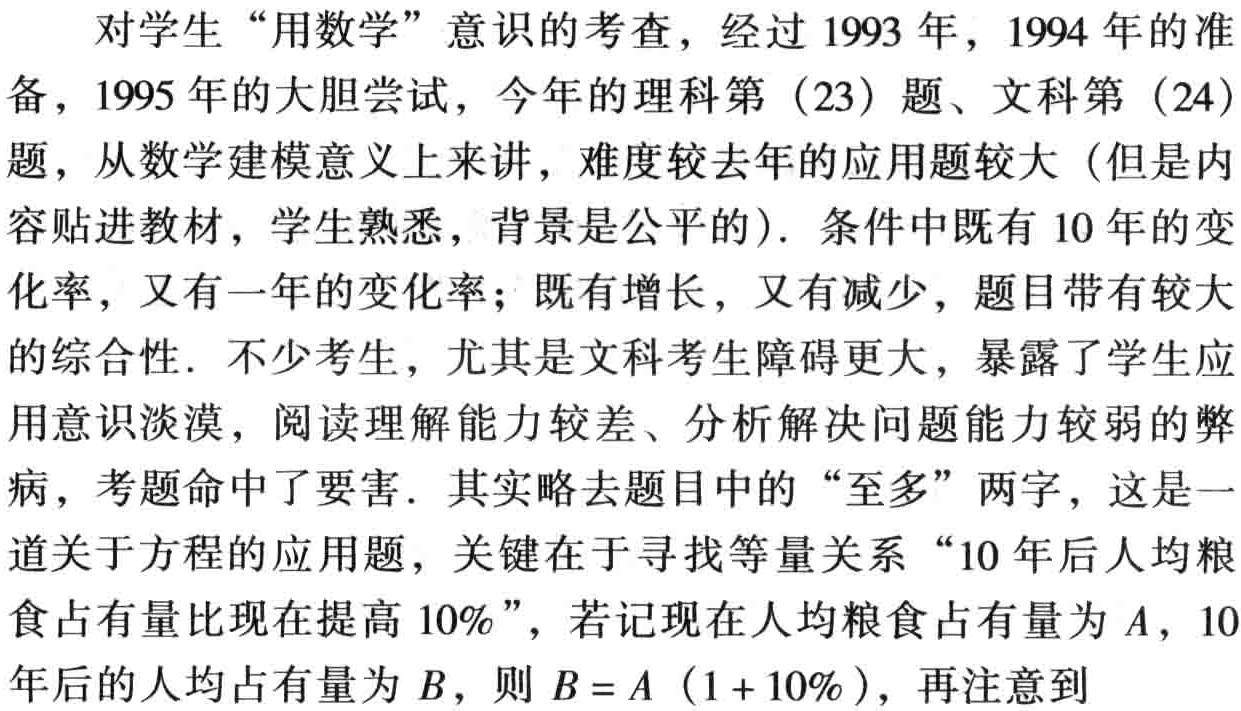
“距离”，乃直进之路。